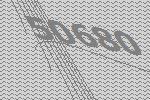
50680